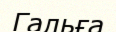
Гальға